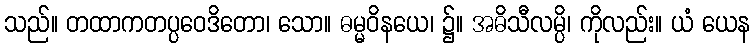
သည်။ တထာကတပ္ပဝေဒိတော၊ သော။ ဓမ္မဝိနယေ၊ ၌။ အဓိသီလမ္ပိ၊ ကိုလည်း။ ယံ ယေန